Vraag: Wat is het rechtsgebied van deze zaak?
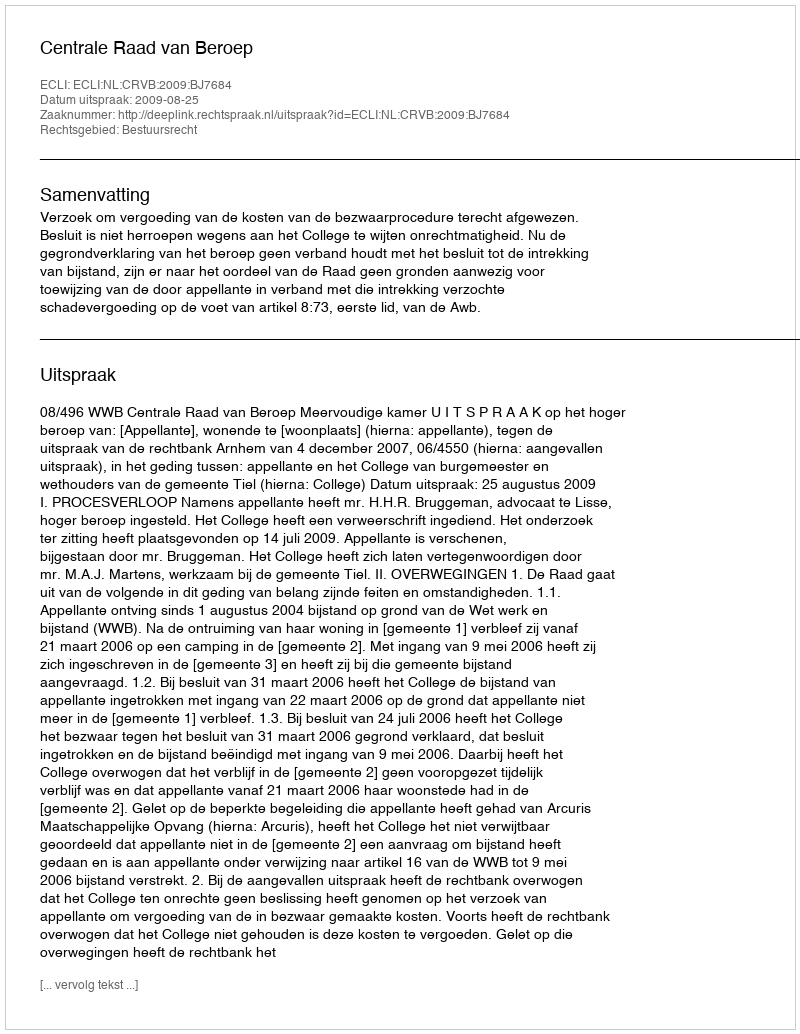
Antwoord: Bestuursrecht